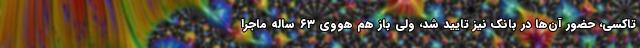
تاکسی، حضور آن‌ها در بانک نیز تایید شد، ولی باز هم هووی ۶۳ ساله ماجرا